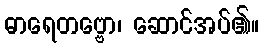
ဓာရေတဗ္ဗော၊ ဆောင်အပ်၏။